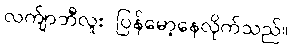
လက်ျာဘီလူး ပြန်မော့နေလိုက်သည်။